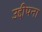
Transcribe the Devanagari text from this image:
उद्दीपना